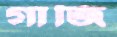
গাজি